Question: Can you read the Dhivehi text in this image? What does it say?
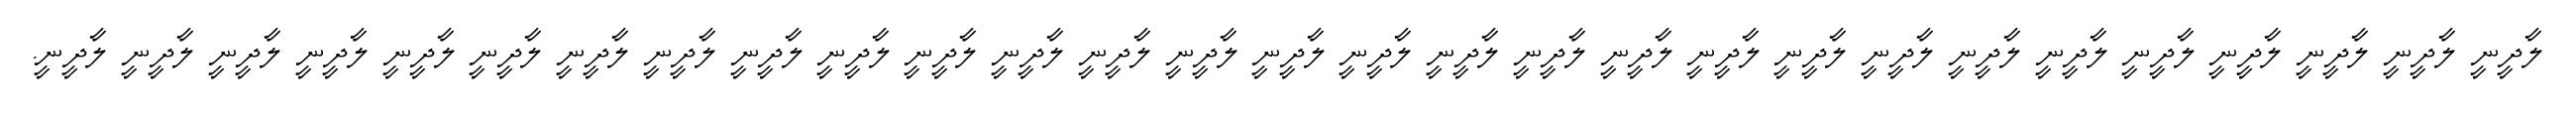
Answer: ލާދީނީ ލާދީނީ ލާދީނީ ލާދީނީ ލާދީނީ ލާދީނީ ލާދީނީ ލާދީނީ ލާދީނީ ލާދީނީ ލާދީނީ ލާދީނީ ލާދީނީ ލާދީނީ ލާދީނީ ލާދީނީ ލާދީނީ ލާދީނީ ލާދީނީ ލާދީނީ ލާދީނީ ލާދީނީ ލާދީނީ ލާދީނީ ލާދީނީ ލާދީނީ ލާދީނީ ލާދީނީ ލާދީނީ.